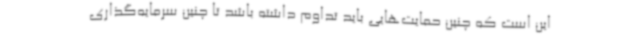
این است که چنین حمایت‌هایی باید تداوم داشته باشد تا چنین سرمایه‌گذاری